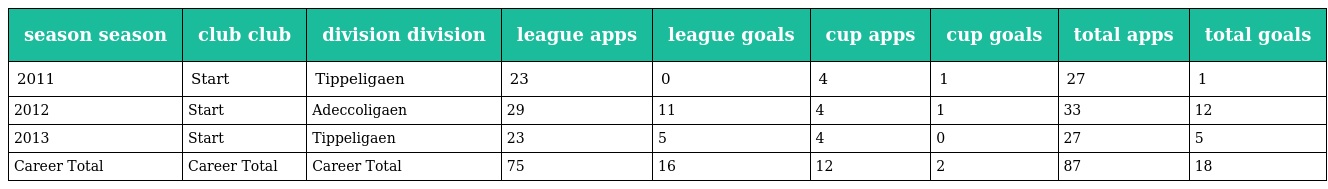
| season season | club club | division division | league apps | league goals | cup apps | cup goals | total apps | total goals |
 | --- | --- | --- | --- | --- | --- | --- | --- | --- |
 | 2011 | Start | Tippeligaen | 23 | 0 | 4 | 1 | 27 | 1 |
 | 2012 | Start | Adeccoligaen | 29 | 11 | 4 | 1 | 33 | 12 |
 | 2013 | Start | Tippeligaen | 23 | 5 | 4 | 0 | 27 | 5 |
 | Career Total | Career Total | Career Total | 75 | 16 | 12 | 2 | 87 | 18 |